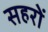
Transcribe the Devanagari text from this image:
सहरों